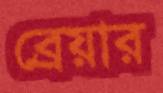
ব্রেয়ার